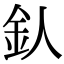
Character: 𨤿